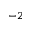
- 2